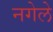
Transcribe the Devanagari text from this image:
नगेले